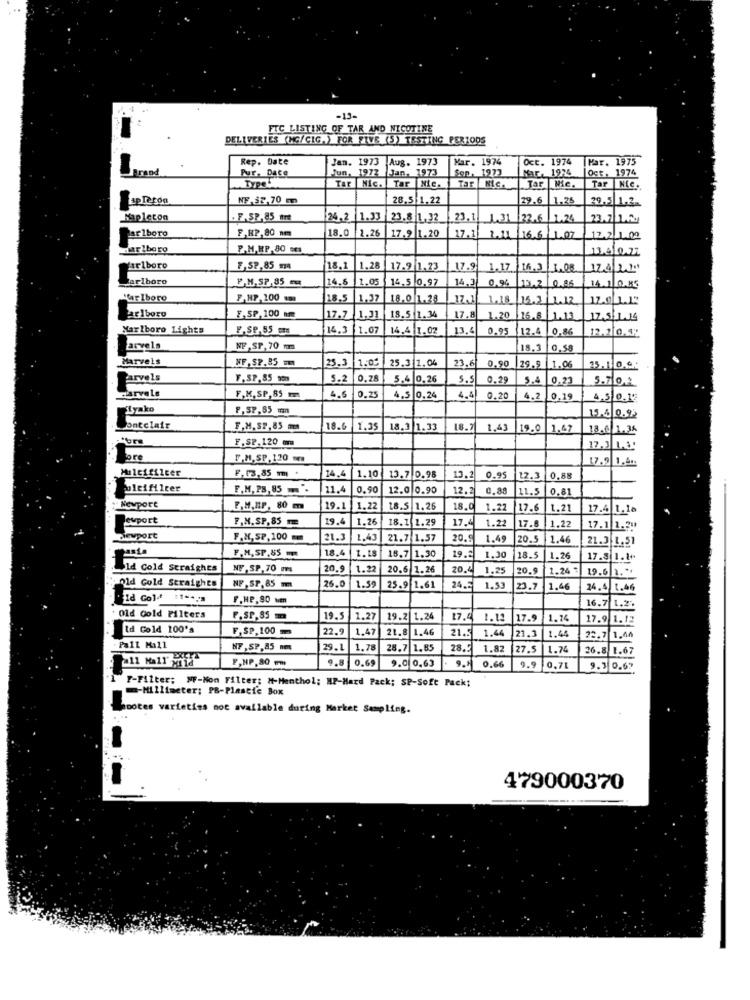
-13-
FTC LISTING OF TAR AND NICOTINE
DELIVERIES (NG/CIG.) FOR FIVE (S) TESTING PER100S
Rep. Date
Jan. 1973 Aug. 1973
Mar. 1974
Oct. 1974
Mar. 1975
Frame
Pur. Dace
Jun, 1972
Jan, 1973
Son, 1973
Nar, 1974
Type
Oct. 1974
Tar NIC.
Tar Nic.
Tar Nic.
Tar Mie.
Tar | Nic.
apTeron
NE.$2,70 m
28.5 1.22
29.6 1.35
39.5 1.2.
Mapleton
. F.SP.85 mmt
24.2
1.33
23.8 1,32
23.1 1.31
22.6 1.24
F.R2,80 mm
18.0 2.26
Par lboro
17.9 1.20
17.3 811/166 1
12.2 1.02
Marlboro
P.M.MP.80 cc
13.410.22
Marlboro
£,SP,85 m
18.1
1.28
17.9 1.23
17.9 1.17 16.3 1.08
124/21"
P.M.SP.35
14.6 1.05
14.5 0.97
14.1
0.%
13.2 0.86
14.1 0.85
'far Iboro
F,HP,100 mm
18.5
1.37 18.0 1.28
17.3
1.18 15.1 2.12
arlboro
E,SP,100 m
17.7 1.31 18.5 1. 34
17.8 1.20
1.11
12.5. 1.14
Marlboro Lights
F.SP,55 mm
14.3 1.07
14.4 1.02
13.6
0.95
12.4
0,86
12.2|0.4%
arvels
NF,SP,70 m
18.
0.58
Marvels
WF.SP.85 m
23.3 |1.00
25.3 1.04
23.6
0.90
29.9
1.05
arvels
Y.SP,85 som
5.2 0.28
5.4 0.26
5.51
0.29
5.4
0.23
5.70.2
hearvele
F.M. SP,85m
4.6 0.25
4,5 0,24
4.4 0.20
4.2
0.19
4.5 0.17
Tyako
P.SP,85 man
15.6 0.93
Ontclair
F.M. S2,85 m
18.6 1.35
18.3 1.33
18.7
19.0 1.47
13.6 1.34
F.SP. 120 mm
12.3 1.6:
bre
F.M.SP. 120 m
17.9 1.44
Multifilter
F, 13,85 m.
1.10
13.7 0.98
13.2
0.95
12.3
3.88
Puleifileer
F.M. PS, 85.
11.4
0.9
12.0 0.90
12.2
0.88
11.5
0.81
Newport
E.M.MP, 80 m
19.1 1.22
18.5 1.26
18.0
1.22
17.6
1.21
17.4 1.18
...
ewport
.M. SP, 85 m
19.4
1,26
18.1 1.29
17.4
1.22
17.8
11.22
17.1 1.39
newport
F.M. SP, 100
21.3
1.43
21.7 1.57
20.5
1.49
20.5 1.46
21.3 1.51
F.M,SP.85
18.4
18.7 1.30
19.2
1.30
18.5
1.26
17.81.1+
Id Cold straighes
NF ,SP, 70 m
20.
1.22
20.6 1.26
20.4
1.25
20.9
1.24
19.6 1 .**
old Gold Straights
NF,SP. 85 mm
26.0
1.59
25.9 1.61
24.5
1.53
23.7
1.46
24.4 1.46
Id Gola :1 -*, ']
F.HP,80 Mm
16.7
Old Gold Filters
F.SP.85m
19.5 1.27
19.2 1.24
17.4
1.12
17.
1.74
17.9 1.13
Id Gold 100's
F.SP,100
22.
1.47
21.8 1.46
21.5
1.44
1.44
21.1
22.
Pall Mall
NF, SP,85 mm
29.1
1.78
28.7 1.85
28.5
1.82
27.5
1.74
26.8 1.67
F,HP,80 mm
0.66
9.9
9.8 0.69|
9.0 0.63
0.7L
9.1 0.6?
F-Filter; MF-Non Filter: #-Menthol; HP-Hard Pack; SP-Soft Pack:
-Millimeter; PB-Plastic Box
hootes varieties not available during Market Sampling.
479000370